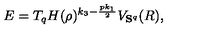
E = T _ { q } H ( \rho ) ^ { k _ { 3 } - \frac { p k _ { 1 } } { 2 } } V _ { { \bf S } ^ { q } } ( R ) ,